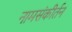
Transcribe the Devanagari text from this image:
नामसंकीर्तन